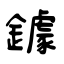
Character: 鐻